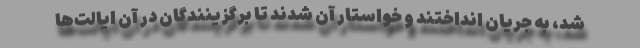
شد، به جریان انداختند و خواستار آن شدند تا برگزینندگان در آن ایالت‌ها